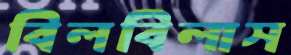
বিলবিলাস